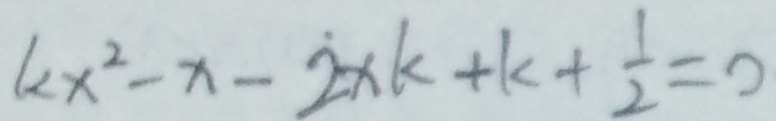
k x ^ { 2 } - x - 2 x k + k + \frac { 1 } { 2 } = 0